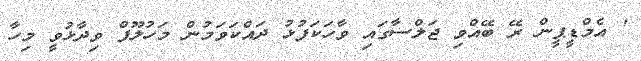
' އެމްޑީޕީން ރޭ ބޭއްވި ޖަލްސާގައި ވާހަކަފުޅު ދައްކަވަމުން މަހުލޫފް ވިދާޅުވީ މިހާ